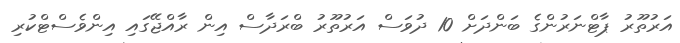
އަރުތޫރު ޕާޓްނަރުންގެ ބަންދަށް 10 ދުވަސް އަރުތޫރު ބްރަދާސް އިން ރާއްޖޭގައި އިންވެސްޓްކުރި